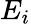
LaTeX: \textstyle E_{i}